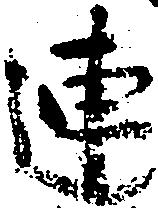
連